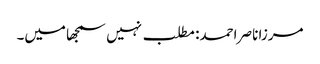
مرزا ناصر احمد: مطلب نہیں سمجھا میں۔